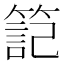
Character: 𥱬